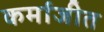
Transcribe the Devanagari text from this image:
कर्माजीत